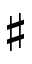
\sharp